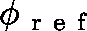
\ensuremath { \mathbf { \phi } } _ { \mathrm { ~ r ~ e ~ f ~ } }